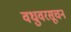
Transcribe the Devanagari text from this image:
वधुवरसूचन